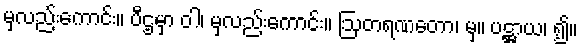
မှလည်းကောင်း။ ပီဌမှာ ဝါ၊ မှလည်းကောင်း။ ဩတရဏတော၊ မှ။ ပဋ္ဌာယ၊ ၍။